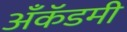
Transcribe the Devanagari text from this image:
अँकॅडमी